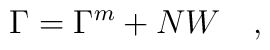
\Gamma=\Gamma^{\tiny{m}}+NW~~~,